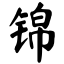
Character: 锦